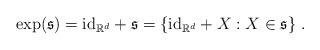
LaTeX: \begin{align*} \exp(\mathfrak{s}) = {\rm id}_{\mathbb{R}^d} + \mathfrak{s} = \{ {\rm id}_{\mathbb{R}^d} + X: X \in \mathfrak{s} \}~. \end{align*}